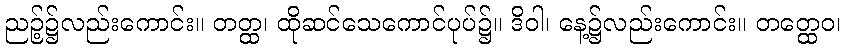
ညဉ့်၌လည်းကောင်း။ တတ္ထ၊ ထိုဆင်သေကောင်ပုပ်၌။ ဒိဝါ၊ နေ့၌လည်းကောင်း။ တတ္ထေဝ၊